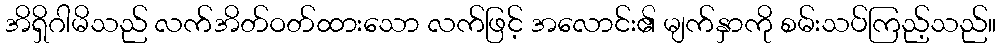
အိရှိဂါမိသည် လက်အိတ်ဝတ်ထားသော လက်ဖြင့် အလောင်း၏ မျက်နှာကို စမ်းသပ်ကြည့်သည်။